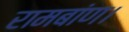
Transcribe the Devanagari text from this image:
रामबांण।